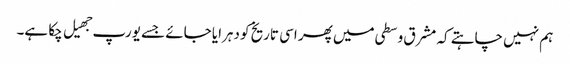
ہم نہیں چاہتے کہ مشرق وسطی میں پھر اسی تاریخ کو دہرایا جائے جسے یورپ جهیل چکا ہے۔